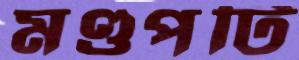
মণ্ডপটি